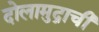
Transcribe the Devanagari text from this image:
दोलामुद्राची